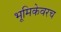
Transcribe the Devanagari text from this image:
भूमिकेवरच